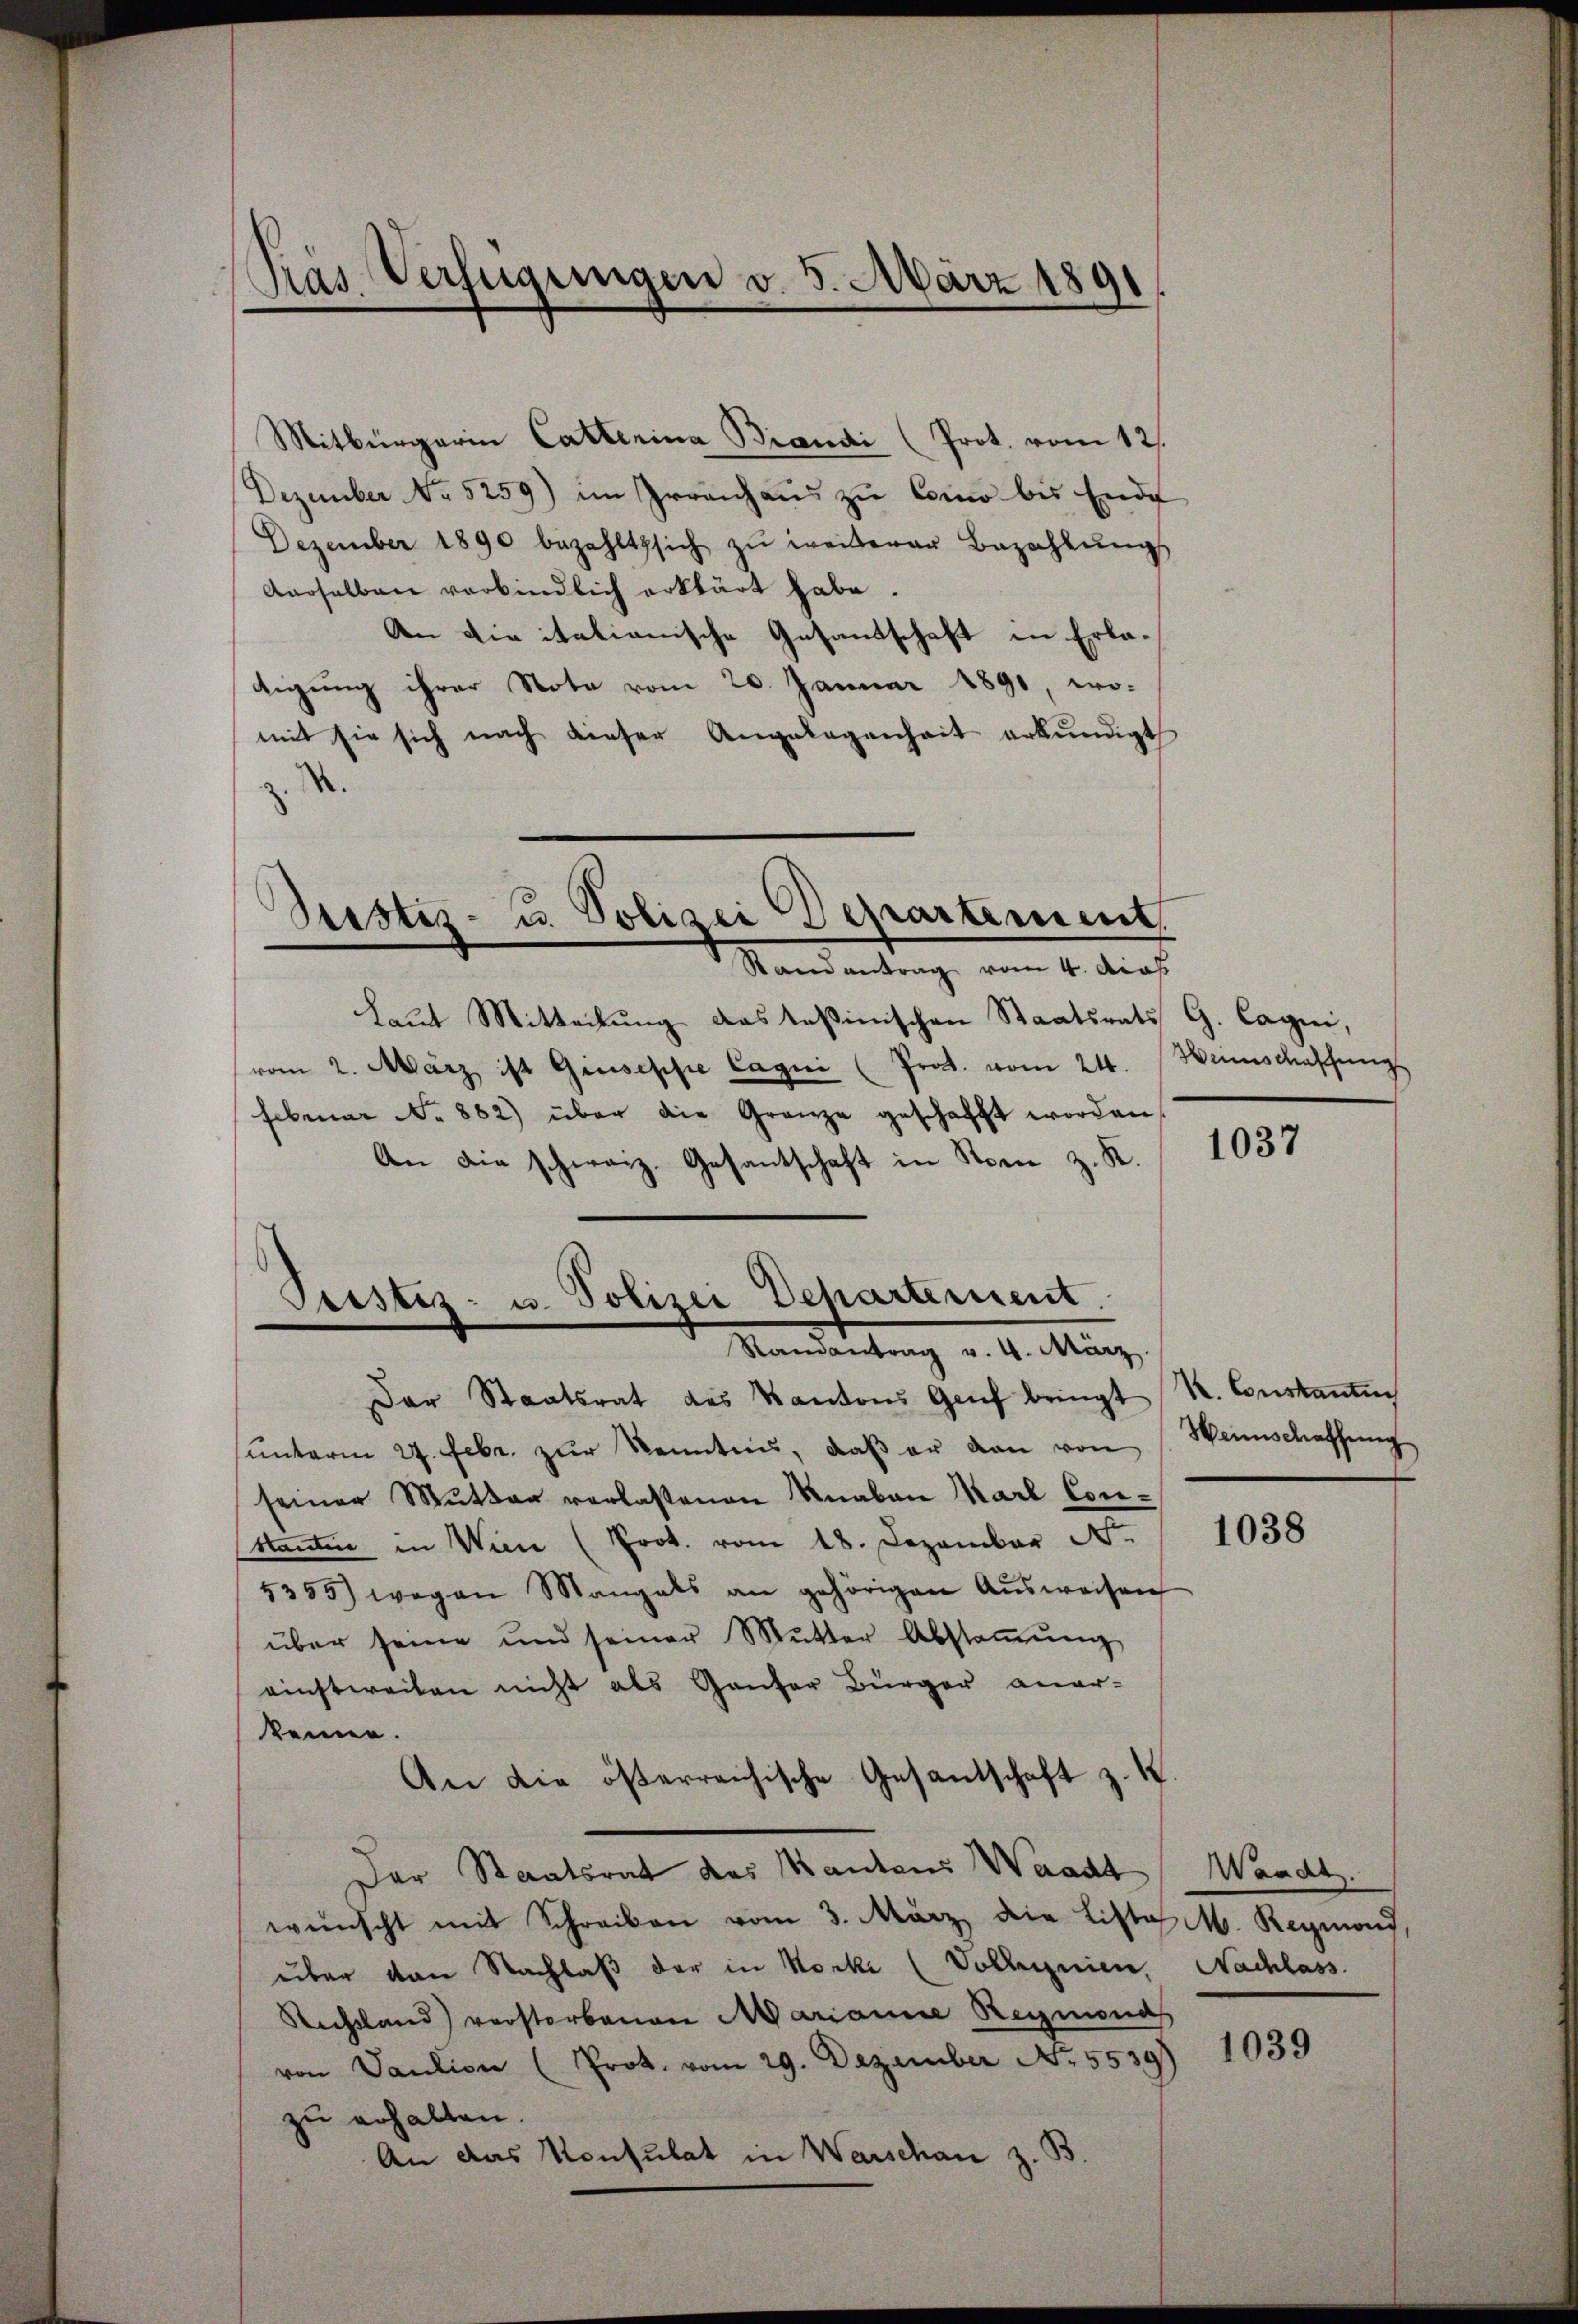
Pras. Verfügungen v. 5. März 1891.
¬
e

Mitbürgerin Catterina Brandi (Prot. vom 12.
Dezember No 5259) im Irrenhaus zu Como bis Ende
Dezember 1890 bezahlt sich zŭ weiterer Bezahlŭngs
derselben verbindlich erklärt habe.
An die italianische Gesandschaft in Erlatigung ihrer Note vom 20. Januar 1891, wo-
mit sie sich nach dieser Angelegenheit erkundigt
z. S.

Justiz- u. Polizei Departement.
Randantrag vom 4. das

Laut Mitteilung das Teßinischen Staatsrats G. Cagni,
vom 2. März ist Giuseppe Cagni (Prat. vom 24.
Februar No. 862) über die Granze geschafft worden,
An die schweiz. Gesantschaft in Sonn z. K.
Pristiz- u. Polizei Departement.

Randantrag v. 4. März.

Der Staatsrat des Kantons Genf bringt
unterm 27. Febr. zur Kennten, daß er von von
seiner Mŭtter verlassenen Knaben Karl Conttanten in Wien (Prot. vom 18. Dezember N.
5355) wegen Mangals an gehörigen Aŭsweisen
über seine und seiner Mutter Abstiṁŭng
einstweilen nicht als Ganter Bürger aner-
kenne.
An die österreichische Gesantschaft z. K.
Der Staatsrat das Mantens Waadt
wünscht mit Schreiben vom 3. März die Liste M. Regions,
über von Nachlaß der in Nocke (Vollegnien, Nachlass
Rechtland) verstorbenen Marianne Reymona
von Saution (Prot. vom 29. Dezember No. 5539)
zu erhalten.
An das Konsulat in Warschan z. B.
.

Weinschaffung

1037

K. Constantuch
Heinschaffung

1038

Waadt.

1039